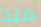
منذ